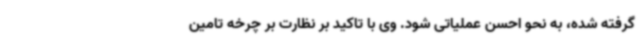
گرفته شده، به نحو احسن عملیاتی شود. وی با تاکید بر نظارت بر چرخه تامین